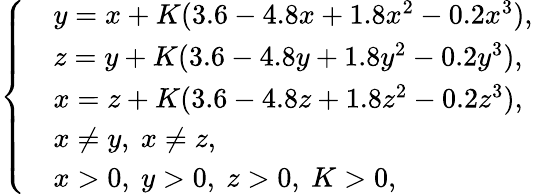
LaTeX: \left\{ \begin{array}{rl}&{y=x+K(3.6-4.8x+1.8x^{2}-0.2x^{3}),}\\ &{z=y+K(3.6-4.8y+1.8y^{2}-0.2y^{3}),}\\ &{x=z+K(3.6-4.8z+1.8z^{2}-0.2z^{3}),}\\ &{{x\neq y,~x\neq z,}}\\ &{x>0,~y>0,~z>0,~K>0,}\end{array}\right.